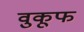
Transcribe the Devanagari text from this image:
वुकूफ